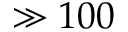
\gg 1 0 0